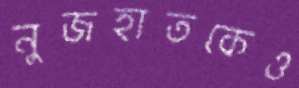
নুজহাতকেও